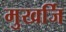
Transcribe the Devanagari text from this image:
मुखर्जि